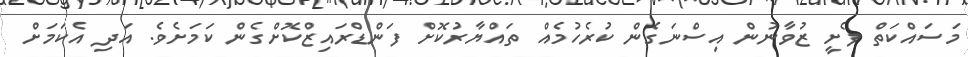
މަސައްކަތް ފެށީ ޒުވާނުން އިސްނަގެން ކުރެހުމެއް ތައްޔާރުކޮށް ފަންޑްރައިޒްކޮށްގެން ކަމަށެވެ. އަދި އެކަމަށް